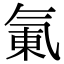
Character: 氭